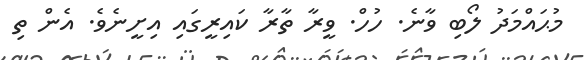
މުޙައްމަދު ލޯބި ވާނެ. ހުހް. ވީރާ ތާރާ ކައިރީގައި އިށީނެވެ. އެން ތި